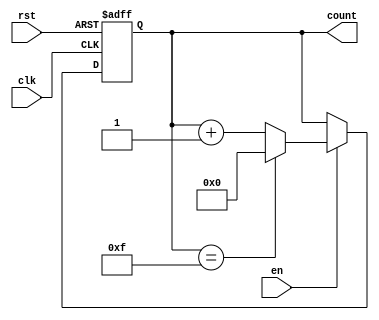
module sync_counter (
    input wire clk,       // Clock input
    input wire rst,       // Active-high asynchronous reset
    input wire en,        // Active-high enable signal
    output reg [3:0] count // 4-bit counter output
);

    // Maximum count value based on 4-bit counter (0 to 15)
    localparam MAX_COUNT = 4'b1111; // 15

    // Always block for synchronous operations
    always @(posedge clk or posedge rst) begin
        if (rst) begin
            // Reset the counter to 0
            count <= 4'b0000;
        end else if (en) begin
            // Increment the counter if enabled
            if (count == MAX_COUNT) begin
                count <= 4'b0000; // Roll over to 0
            end else begin
                count <= count + 1; // Increment count
            end
        end
    end

endmodule